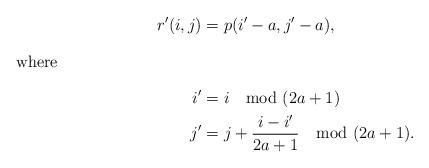
LaTeX: \begin{align*}r'(i,j) &= p(i' -a, j'-a), \\\intertext{where}i' & = i \mod(2a+1) \\j'&=j+\displaystyle\frac{i-i'}{2a+1} \mod (2a+1).\end{align*}